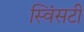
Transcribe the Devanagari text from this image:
स्विंसटी